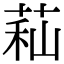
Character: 𦱑